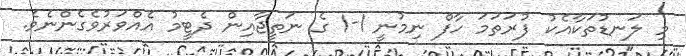
މި ލަނޑުތަކާއެކު ފުރަތަމަ ހާފް ނިމުނީ 1-1 ގެ ނަތީޖާއިން ދެޓީމު އެއްވަރުވެގެންނެވެ.